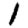
Digit: 1